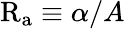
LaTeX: \mathrm{R_{a}}\equiv\alpha/A